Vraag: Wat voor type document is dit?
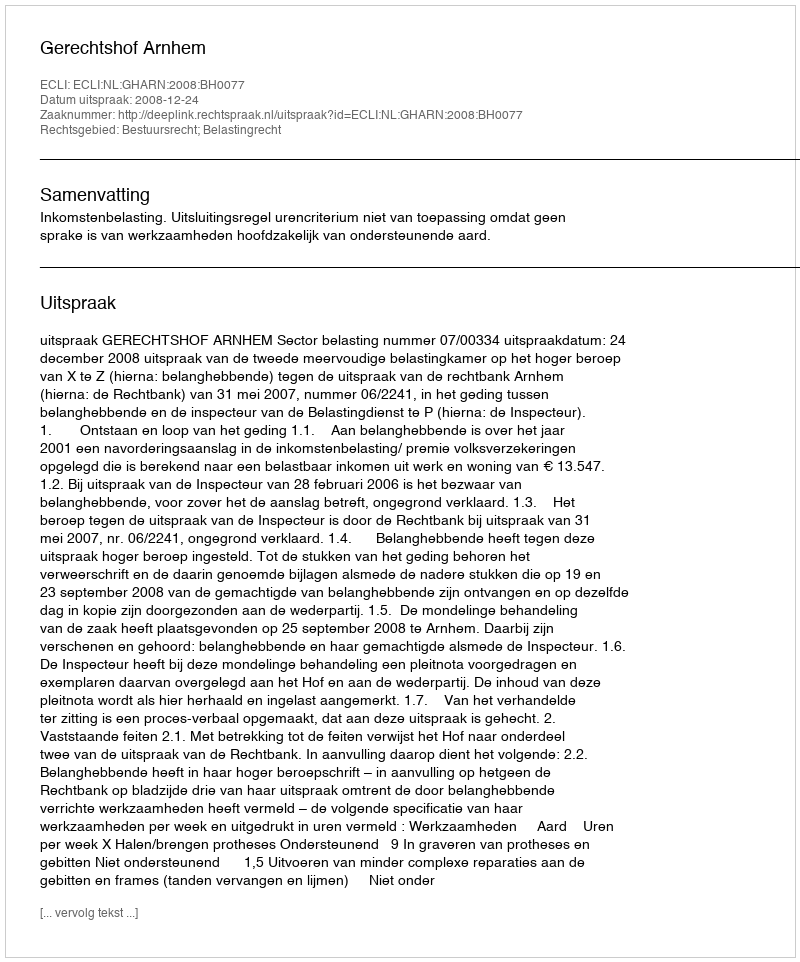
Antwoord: Uitspraak